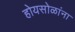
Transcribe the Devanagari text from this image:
होयसोळांना